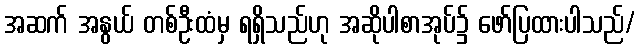
အဆက် အနွယ် တစ်ဦးထံမှ ရရှိသည်ဟု အဆိုပါစာအုပ်၌ ဖော်ပြထားပါသည်/